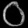
Digit: ၀